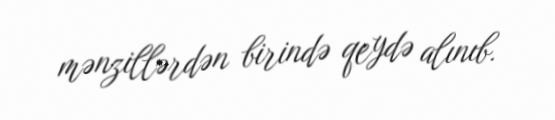
mənzillərdən birində qeydə alınıb.